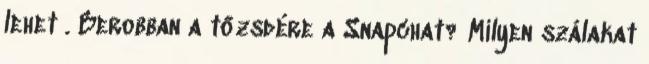
lehet . Berobban a tőzsdére a Snapchat? Milyen szálakat